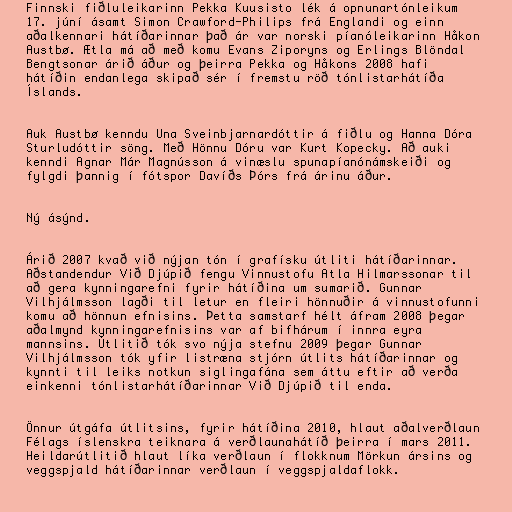
Finnski fiðluleikarinn Pekka Kuusisto lék á opnunartónleikum
17. júní ásamt Simon Crawford-Philips frá Englandi og einn
aðalkennari hátíðarinnar það ár var norski píanóleikarinn Håkon
Austbø. Ætla má að með komu Evans Ziporyns og Erlings Blöndal
Bengtsonar árið áður og þeirra Pekka og Håkons 2008 hafi
hátíðin endanlega skipað sér í fremstu röð tónlistarhátíða
Íslands.

Auk Austbø kenndu Una Sveinbjarnardóttir á fiðlu og Hanna Dóra
Sturludóttir söng. Með Hönnu Dóru var Kurt Kopecky. Að auki
kenndi Agnar Már Magnússon á vinæslu spunapíanónámskeiði og
fylgdi þannig í fótspor Davíðs Þórs frá árinu áður.

Ný ásýnd.

Árið 2007 kvað við nýjan tón í grafísku útliti hátíðarinnar.
Aðstandendur Við Djúpið fengu Vinnustofu Atla Hilmarssonar til
að gera kynningarefni fyrir hátíðina um sumarið. Gunnar
Vilhjálmsson lagði til letur en fleiri hönnuðir á vinnustofunni
komu að hönnun efnisins. Þetta samstarf hélt áfram 2008 þegar
aðalmynd kynningarefnisins var af bifhárum í innra eyra
mannsins. Útlitið tók svo nýja stefnu 2009 þegar Gunnar
Vilhjálmsson tók yfir listræna stjórn útlits hátíðarinnar og
kynnti til leiks notkun siglingafána sem áttu eftir að verða
einkenni tónlistarhátíðarinnar Við Djúpið til enda.

Önnur útgáfa útlitsins, fyrir hátíðina 2010, hlaut aðalverðlaun
Félags íslenskra teiknara á verðlaunahátíð þeirra í mars 2011.
Heildarútlitið hlaut líka verðlaun í flokknum Mörkun ársins og
veggspjald hátíðarinnar verðlaun í veggspjaldaflokk.